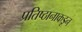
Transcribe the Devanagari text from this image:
प्रतिष्ठानाकडून